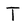
Character: T